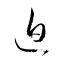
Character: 迫